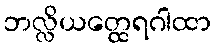
ဘလ္လိယတ္ထေရဂါထာ